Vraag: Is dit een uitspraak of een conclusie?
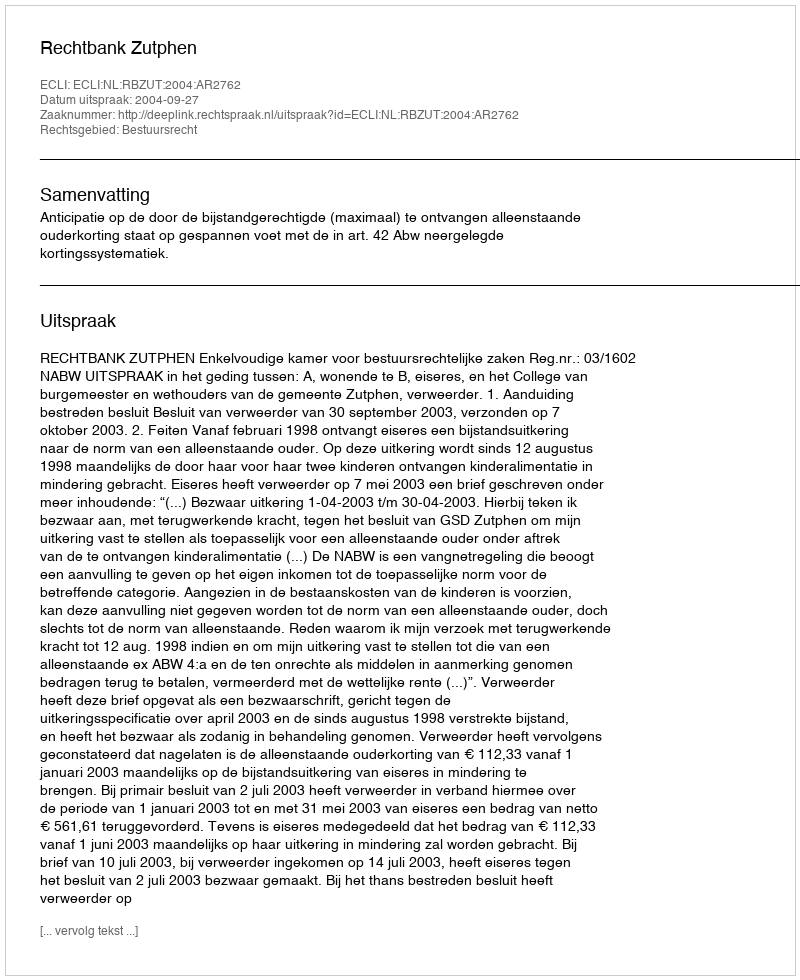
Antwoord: Uitspraak